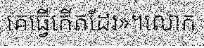
គេធ្វើកើតដែរ»។លោក